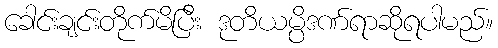
ခေါင်းချင်းတိုက်မိပြီး ဒုတိယမ္ပိဒဏ်ရာဆိုရပါမည်။